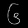
Digit: ၆